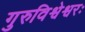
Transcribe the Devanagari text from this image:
गुरुविश्वेश्वरः